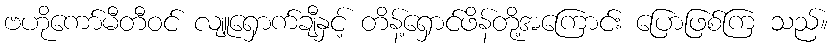
ဗဟိုကော်မီတီဝင် လျူရှောက်ချီနှင့် တိန့်ရှောင်ဖိန်တို့အကြောင်း ပြောဖြစ်ကြ သည်။